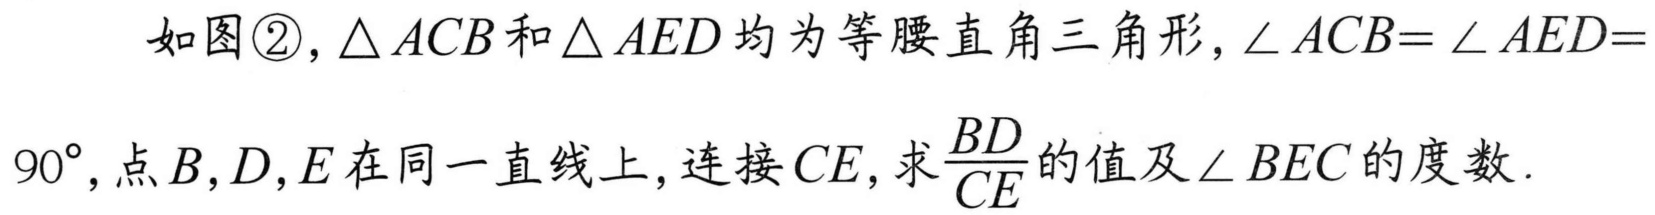
如图\textcircled{2},$\triangle ACB$和$\triangle AED$均为等腰直角三角形,$\angle ACB = \angle AED = 90^{\circ}$,点$B,D,E$在同一直线上,连接$CE$,求$\frac{BD}{CE}$的值及$\angle BEC$的度数.